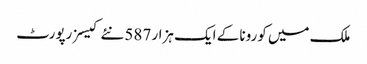
ملک میں کورونا کے ایک ہزار 587 نئے کیسز رپورٹ